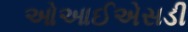
ઓઆઈએસડી